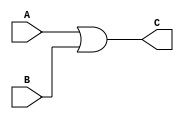
`timescale 1ns/1ns 

module ormod(A, B, C);
    input A;
    input B;
    output C;
    assign C = A|B;
endmodule


module tb;

    reg A, B;
    wire C;
    ormod ans(A, B, C);

    initial begin
        $monitor("A = %b, B = %b, C = %b", A, B, C);
        A = 1;
        B = 1;

        #15;

        A = 0;
        B = 1;

        #20;

        A=1;
        B=0;

        #15;

        A = 0;
        B = 0;
        
        #3;
      
    end
endmodule